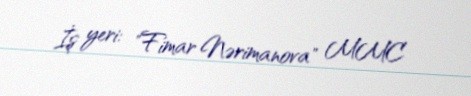
İş yeri: "Fimar Nərimanova" MMC